Jaan_Tonisson_(Lasteleht), lk 88
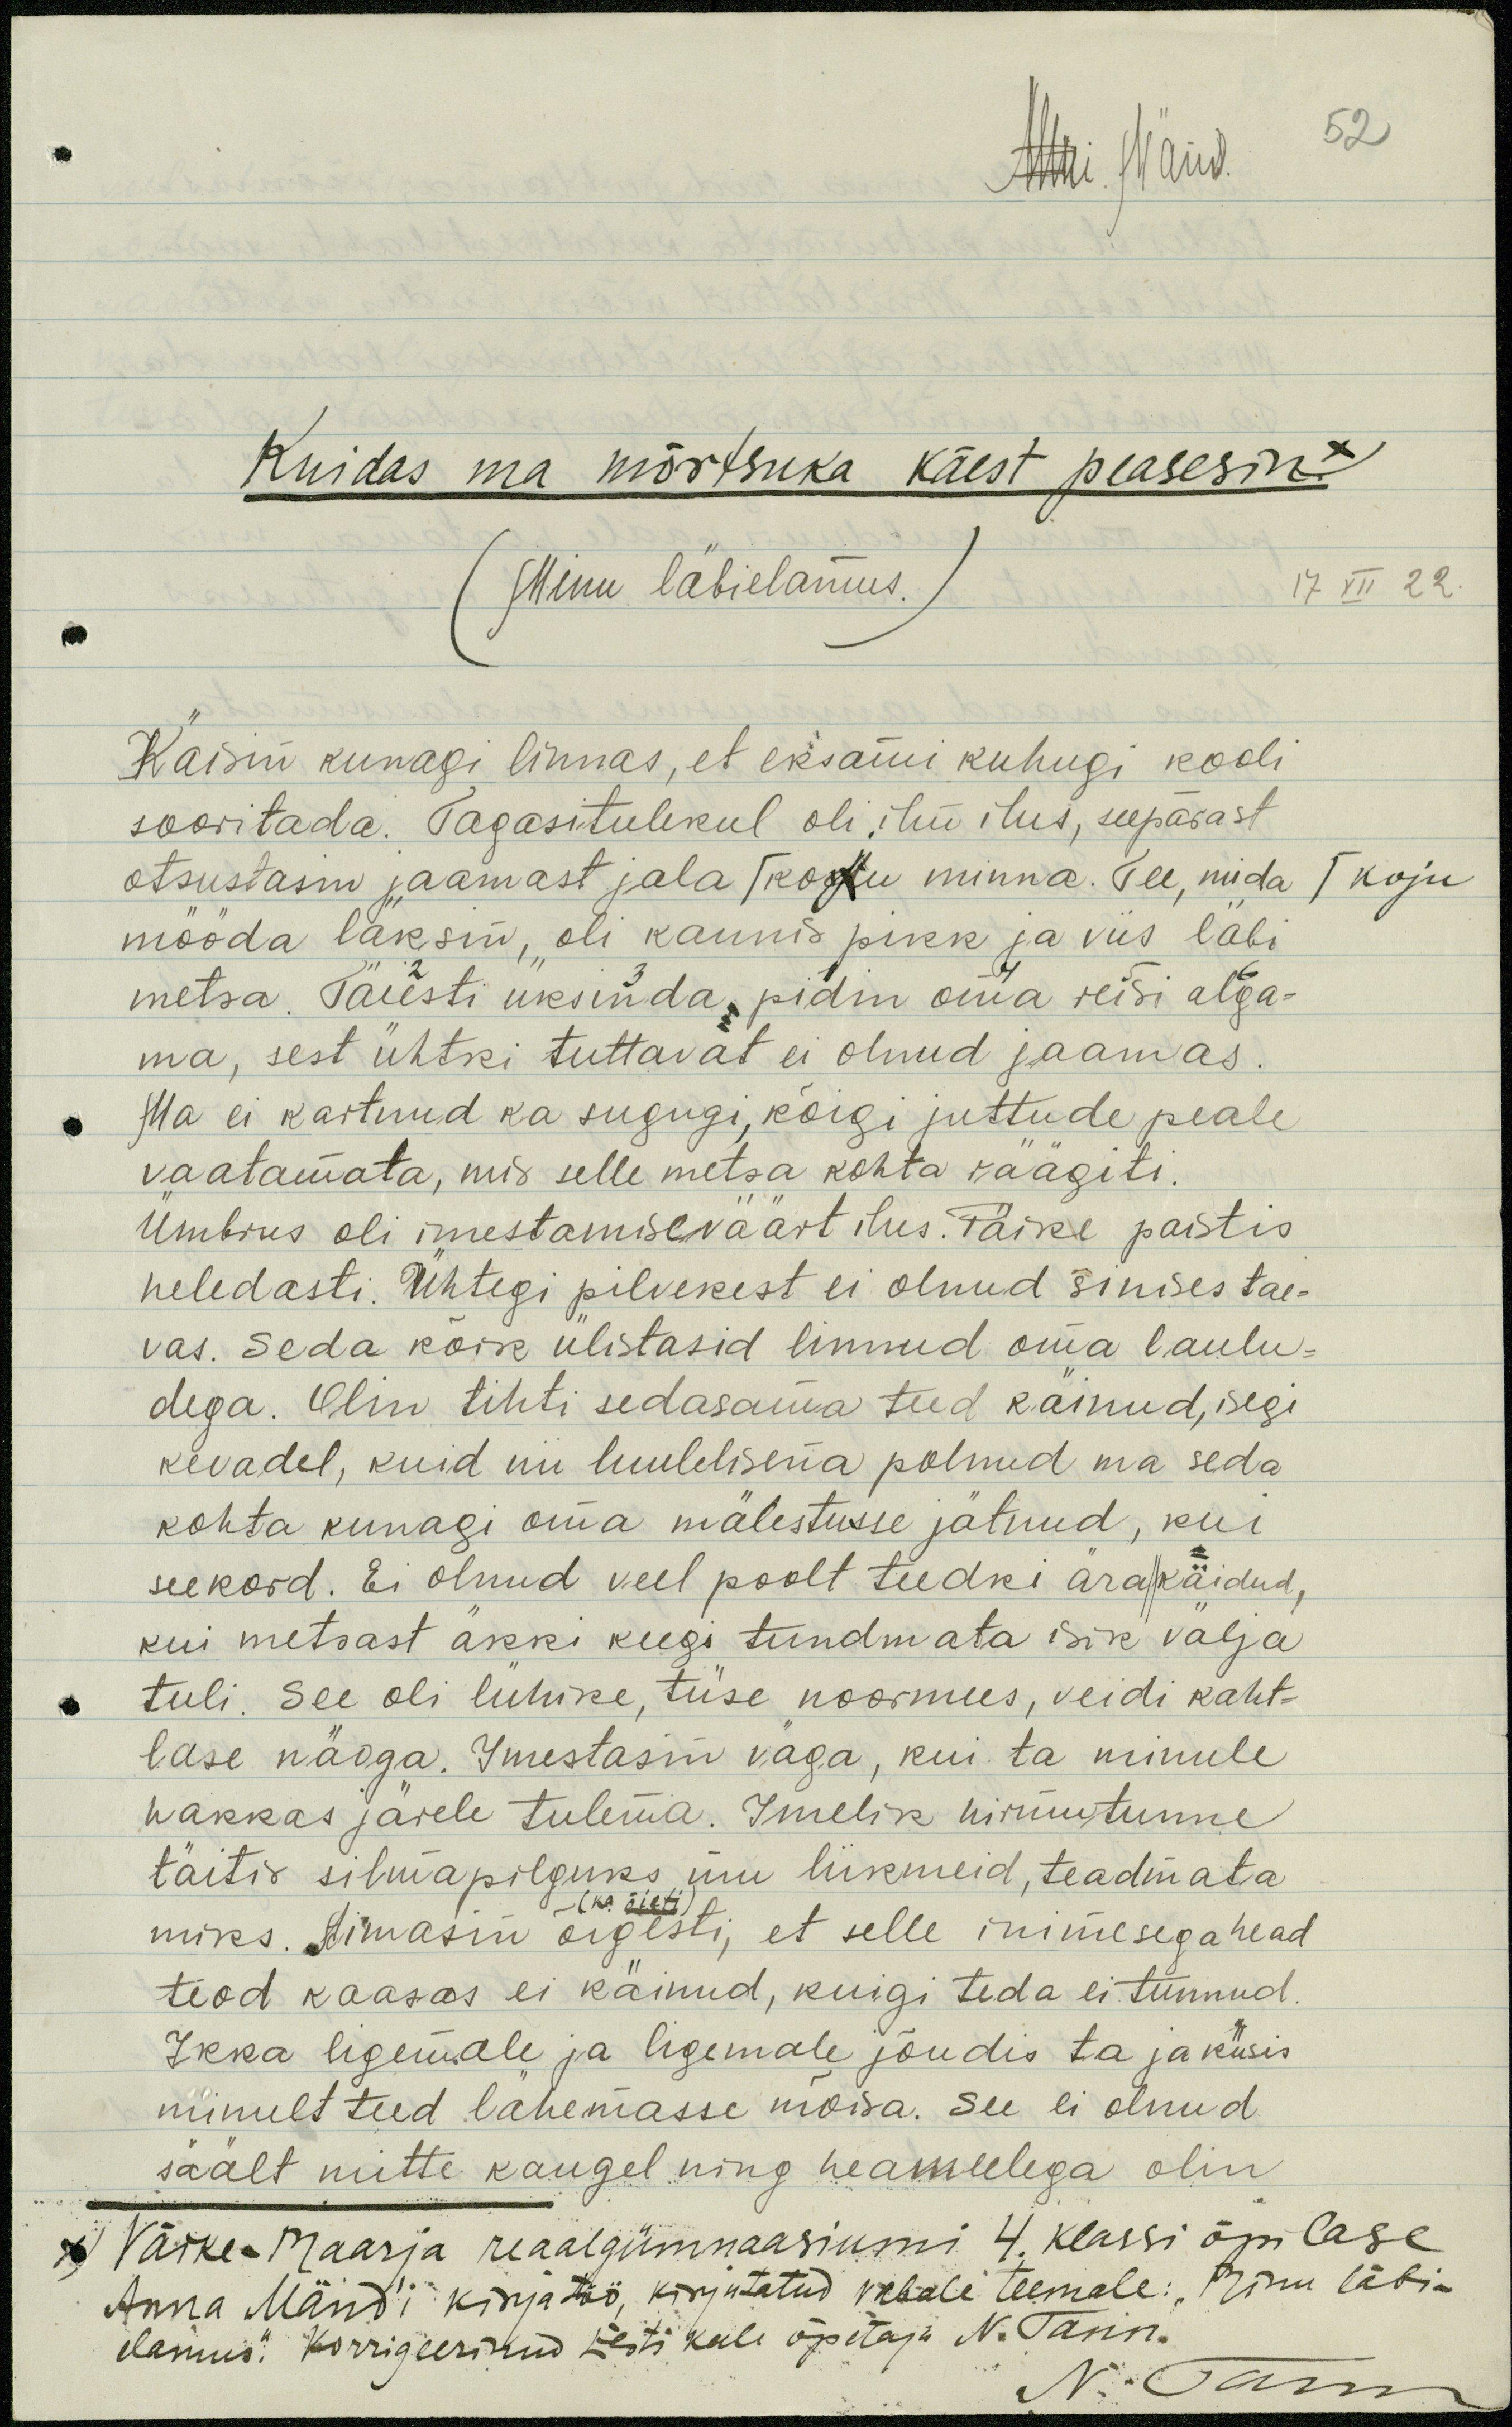
Anni Mänd.
52
Kuidas ma mõrtsuka käest peasesin x
(Minu läbielamus.
17 XII 22.
Käisin kunagi linnas, et eksami kuhugi kooli
sooritada. Tagasitulekul oli ilm ilus, seepärast
otsustasin jaamast jala / kogu minna. Tee, mida / koju
mööda läksin, oli kaunis pikk ja viis läbi
metsa. Täiesti üksinda pidin oma reisi alga-
ma, sest ühtki tuttavat ei olnud jaamas.
Ma ei kartnud ka sugugi, kõigi juttude peale
vaatamata, mis selle metsa kohta räägiti.
Ümbrus oli imestamiseväärt ilus. Päike paistis
heledasti. Ühtegi pilvekest ei olnud sinises tae-
vas. Seda kõik ülistasid linnud oma laulu-
dega. Olin tihti sedasama teed käinud, isegi
kevadel, kuid nii luulelisena polnud ma seda
kohta kunagi oma mälestusse jätnud, kui
seekord. Ei olnud veel poolt teedki ära/käidud,
kui metsast äkki keegi tundmata isik välja
tuli. See oli lühike, tüse noormees, veidi kaht-
lase näoga. Imestasin väga, kui ta minule
hakkas järele tulema. Imelik hirmutunne
täitis silmapilguks mu liikmeid, teadmata
miks. Aimasin õigesti, et selle inimesega head
(ka õieti)
teod kaasas ei käinud, kuigi teda ei tunnud.
Ikka ligemale ja ligemale jõudis ta ja küsis
minult teed lähemasse mõisa. See ei olnud
säält mitte kaugel ning heameelega olin
Väike-Maarja reaalgümnaasiumi 4. klassi õpilase
Anna Mänd'i kirjatöö kirjutatud vabale teemale: "Minu läbi-
elamus". Korrigeerinud Eesti keele õpetaja N. Tann.
N. Tann